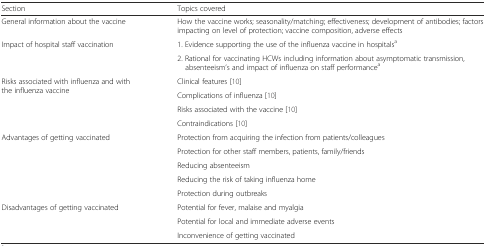
<table><thead><tr><td><b>Section</b></td><td><b>Topics covered</b></td></tr></thead><tbody><tr><td>General information about the vaccine</td><td>How the vaccine works; seasonality/matching; effectiveness; development of antibodies; factors impacting on level of protection; vaccine composition, adverse effects</td></tr><tr><td rowspan="2">Impact of hospital staff vaccination</td><td>1. Evidence supporting the use of the influenza vaccine in hospitals<sup>a</sup></td></tr><tr><td>2. Rational for vaccinating HCWs including information about asymptomatic transmission, absenteeism’s and impact of influenza on staff performance<sup>a</sup></td></tr><tr><td rowspan="4">Risks associated with influenza and with the influenza vaccine</td><td>Clinical features [10]</td></tr><tr><td>Complications of influenza [10]</td></tr><tr><td>Risks associated with the vaccine [10]</td></tr><tr><td>Contraindications [10]</td></tr><tr><td rowspan="5">Advantages of getting vaccinated</td><td>Protection from acquiring the infection from patients/colleagues</td></tr><tr><td>Protection for other staff members, patients, family/friends</td></tr><tr><td>Reducing absenteeism</td></tr><tr><td>Reducing the risk of taking influenza home</td></tr><tr><td>Protection during outbreaks</td></tr><tr><td rowspan="3">Disadvantages of getting vaccinated</td><td>Potential for fever, malaise and myalgia</td></tr><tr><td>Potential for local and immediate adverse events</td></tr><tr><td>Inconvenience of getting vaccinated</td></tr></tbody></table>